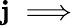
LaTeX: \mathbf{j}\implies